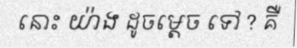
នោះ យ៉ាង ដូចម្តេច ទៅ ? គឺ